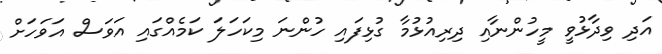
އަދި ވިދާޅުވީ މީހުންނާއި ދިރިއުޅުމާ ގުޅިފައި ހުންނަ މިކަހަލަ ކަމެއްގައި އަވަސް އަވަހަށް